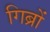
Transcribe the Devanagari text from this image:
गिब्रों